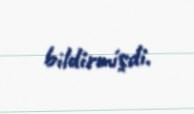
bildirmişdi.